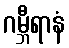
ဂမ္ဘီရာနံ